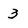
Character: 3